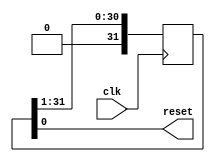
module rst
(
  input wire clk,
  output wire reset

);

reg [31:0] a=32'hf0000000;

always @(posedge clk)
begin

	a<=a>>1;

end

assign reset = a [0];

endmodule